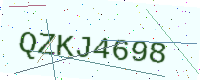
Text: QZKJ4698